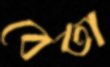
বেতা